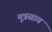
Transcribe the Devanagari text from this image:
मूत्रस्राव